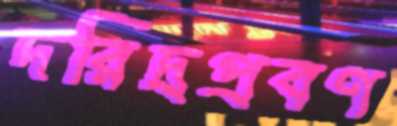
দরিদ্রপ্রবণ